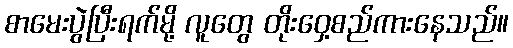
စာမေးပွဲပြီးရက်မို့ လူတွေ တိုးဝှေ့စည်ကားနေသည်။